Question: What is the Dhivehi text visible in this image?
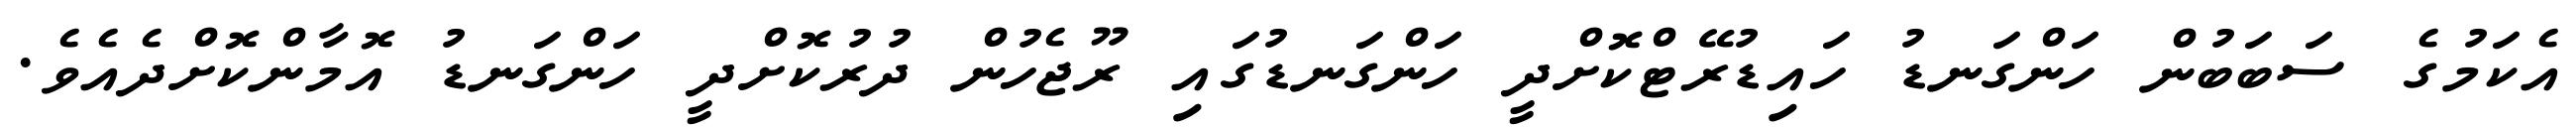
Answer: އެކަމުގެ ސަބަބުން ހަންގަނޑު ހައިޑުރޭޓްކޮށްދީ ހަންގަނޑުގައި ރޫޖެހުން ދުރުކޮށްދީ ހަންގަނޑު އޮމާންކޮށްދެއެވެ.